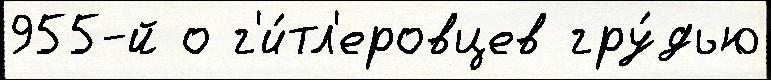
955-й о г'и́тл'еровцев гру́дью